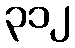
၃၁၂